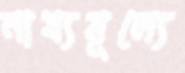
নায্যমূল্যে